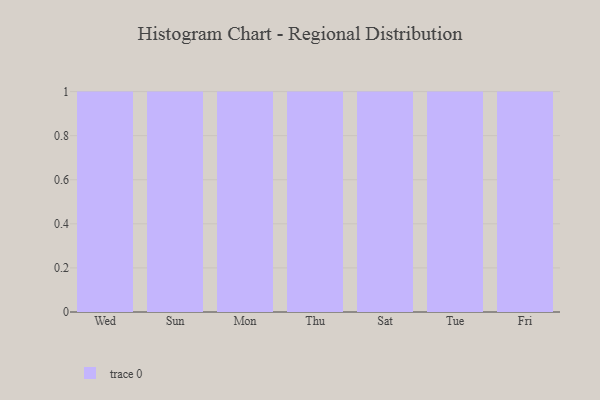
{"axis": {"x": "Day", "y": "Revenue (USD Million)"}, "legend": [""], "data": [{"x": "Wed", "y": 50, "type": ""}, {"x": "Sun", "y": 29, "type": ""}, {"x": "Mon", "y": 73, "type": ""}, {"x": "Thu", "y": 99, "type": ""}, {"x": "Sat", "y": 32, "type": ""}, {"x": "Tue", "y": 72, "type": ""}, {"x": "Fri", "y": 24, "type": ""}]}